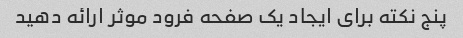
پنج نکته برای ایجاد یک صفحه فرود موثر ارائه دهید